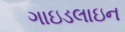
ગાઇડલાઇન